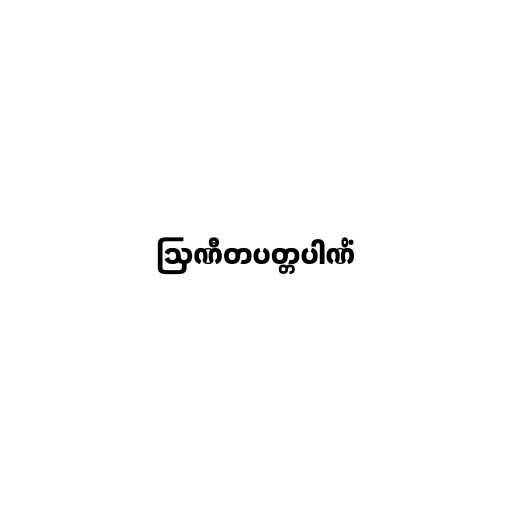
ဩဏီတပတ္တပါဏိံ